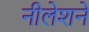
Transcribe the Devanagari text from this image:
नीलेशने